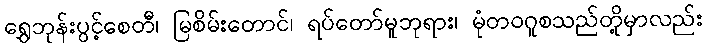
ရွှေဘုန်းပွင့်စေတီ၊ မြစိမ်းတောင်၊ ရပ်တော်မူဘုရား၊ မုံတဝဂူစသည်တို့မှာလည်း